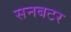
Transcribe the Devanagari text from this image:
सनबटर